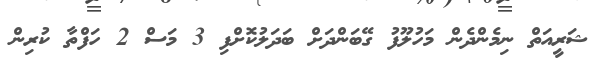
ޝަރީއަތް ނިމެންދެން މަހުލޫފު ގޭބަންދަށް ބަދަލުކޮށްފި 3 މަސް 2 ހަފްތާ ކުރިން